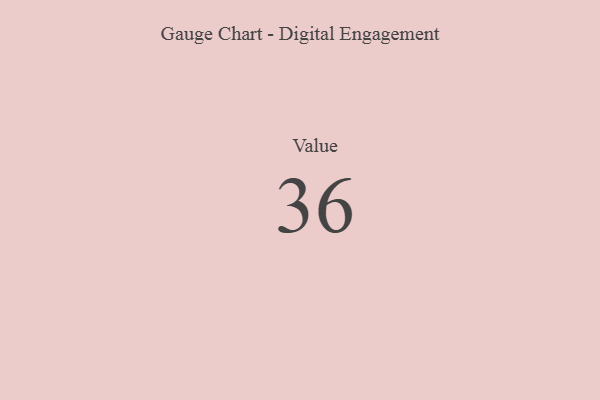
{"axis": {"x": "Metric", "y": "Value"}, "legend": [""], "data": [{"x": "Value", "y": 36, "type": ""}]}